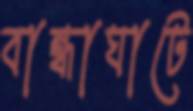
বান্ধাঘাটে